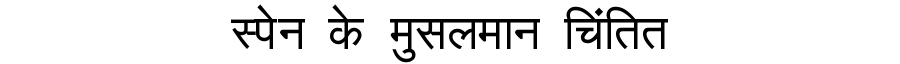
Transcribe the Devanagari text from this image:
स्पेन के मुसलमान चिंतित